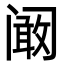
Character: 阚